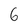
Character: 6